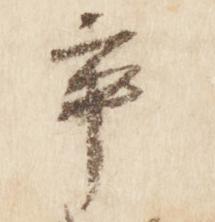
率